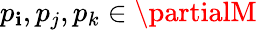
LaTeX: p_{\mathbf{i}},p_{j},p_{k}\in\partialM